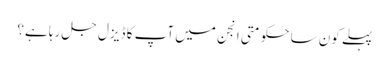
پہلے کون سا حکومتی انجن میں آپ کا ڈیزل جل رہا ہے؟